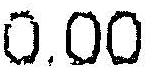
0.00